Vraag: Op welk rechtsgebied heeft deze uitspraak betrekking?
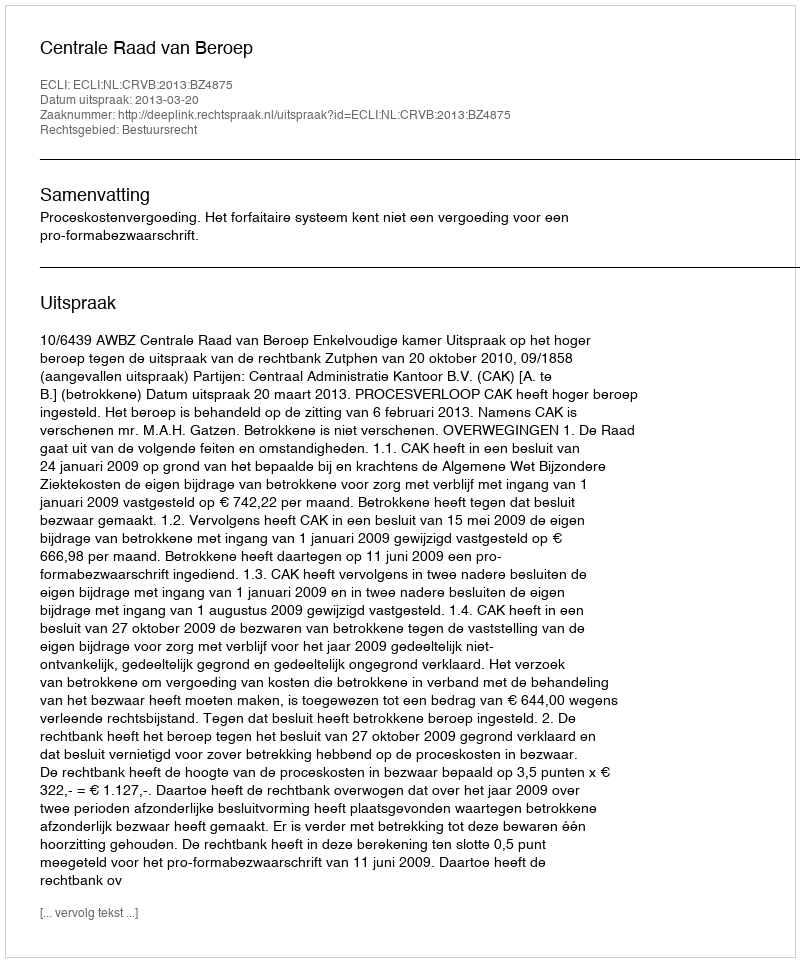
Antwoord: Bestuursrecht